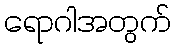
ရောဂါအတွက်